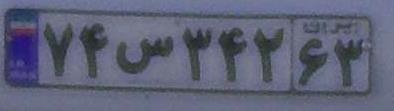
۷۴س۳۴۲۶۳